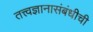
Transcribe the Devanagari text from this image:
तत्त्वज्ञानासंबंधीची